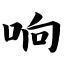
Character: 响